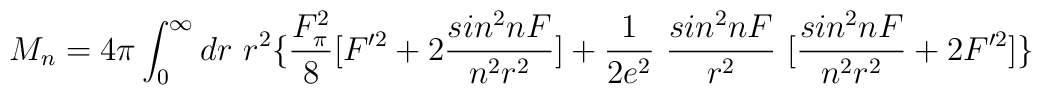
M_n= 4\pi \int_0^\infty dr~r^2\{ \frac{F_\pi^2}{8} [ F'^2 +2\frac{sin^2nF}{n^2 r^2} ] +\frac{1}{2e^2} ~\frac{sin^2nF}{r^2}~[\frac{sin^2nF}{n^2 r^2} + 2F'^2]\}